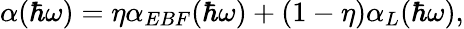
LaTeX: \alpha(\hbar\omega)=\eta\alpha_{EBF}(\hbar\omega)+(1-\eta)\alpha_{L}(\hbar\omega),